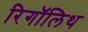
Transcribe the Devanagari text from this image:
रिगॉलिथ